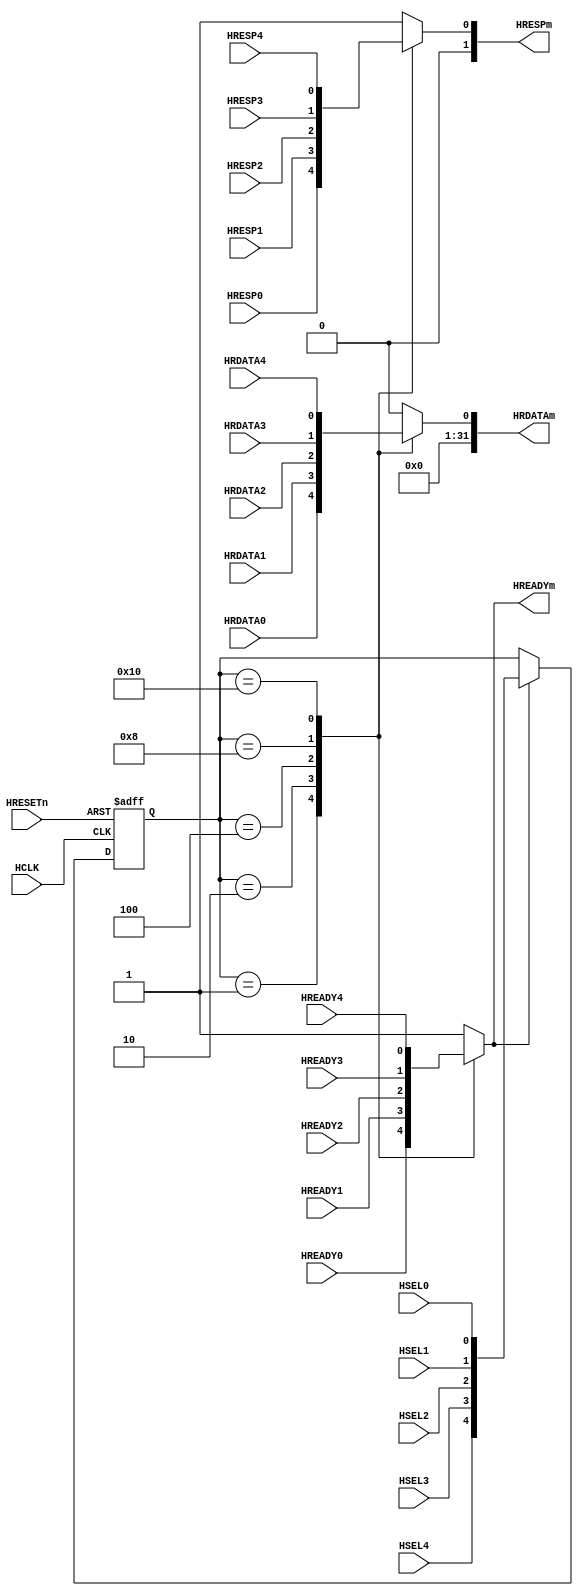
module AHB_mdMUX_S4(
	HCLK,
	HRESETn,
	HRDATAm,
	HREADYm,
	HRESPm,
	HSEL0,HRDATA0,HREADY0,HRESP0,
	HSEL1,HRDATA1,HREADY1,HRESP1,
	HSEL2,HRDATA2,HREADY2,HRESP2,
	HSEL3,HRDATA3,HREADY3,HRESP3,
    HSEL4,HRDATA4,HREADY4,HRESP4
	);
	input         HCLK;           
    input         HRESETn;     

	output reg [31:0]HRDATAm;
	output reg HREADYm;
	output reg [1:0]HRESPm;
	
	input wire HSEL0;
	input wire HRDATA0;
	input wire HREADY0;
	input wire HRESP0;
	   
	input wire HSEL1;
	input wire HRDATA1;
	input wire HREADY1;
	input wire HRESP1;
	      
	input wire HSEL2;
	input wire HRDATA2;
	input wire HREADY2;
	input wire HRESP2;
	    
	input wire HSEL3;
	input wire HRDATA3;
	input wire HREADY3;
	input wire HRESP3;
	    
	input wire HSEL4;
	input wire HRDATA4;
	input wire HREADY4;
	input wire HRESP4;
	
parameter D_HSEL0=5'b00001;
parameter D_HSEL1=5'b00010;
parameter D_HSEL2=5'b00100;
parameter D_HSEL3=5'b01000;
parameter D_HSEL4=5'b10000;
reg [4:0]sel_tmp;
wire [4:0]sel;
assign sel={HSEL4,HSEL3,HSEL2,HSEL1,HSEL0};
always@(posedge HCLK or negedge HRESETn)
begin
	if(!HRESETn)
		sel_tmp<=5'd0;
	else if(HREADYm)
		sel_tmp<=sel;
end

always@(sel_tmp or HREADY0 or HREADY1 or HREADY2 or HREADY3 or HREADY4)
begin
	case(sel_tmp)
	D_HSEL0:HREADYm<=HREADY0;
	D_HSEL1:HREADYm<=HREADY1;
	D_HSEL2:HREADYm<=HREADY2;
	D_HSEL3:HREADYm<=HREADY3;
	D_HSEL4:HREADYm<=HREADY4;
	default:HREADYm<=1'b1;
	endcase
end
always@(sel_tmp or HRDATA0 or HRDATA1 or HRDATA2 or HRDATA3 or HRDATA4)
begin
	case(sel_tmp)
	D_HSEL0:HRDATAm<=HRDATA0;
	D_HSEL1:HRDATAm<=HRDATA1;
	D_HSEL2:HRDATAm<=HRDATA2;
	D_HSEL3:HRDATAm<=HRDATA3;
	D_HSEL4:HRDATAm<=HRDATA4;
	default:HRDATAm<=32'd0;
	endcase
end
always@(sel_tmp or HRESP0 or HRESP1 or HRESP2 or HRESP3 or HRESP4)
begin
	case(sel_tmp)
	D_HSEL0:HRESPm<=HRESP0;
	D_HSEL1:HRESPm<=HRESP1;
	D_HSEL2:HRESPm<=HRESP2;
	D_HSEL3:HRESPm<=HRESP3;
	D_HSEL4:HRESPm<=HRESP4;
	default:HRESPm<=2'b01;
	endcase
end


endmodule